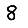
Digit: 8